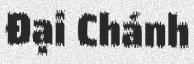
Đại Chánh